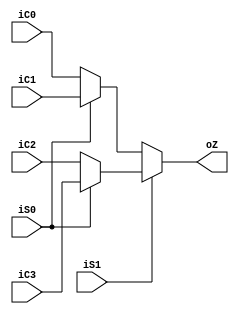
module MUX(
    input [31:0] iC0,
    input [31:0] iC1,
    input [31:0] iC2,
    input [31:0] iC3,
    input iS1,
    input iS0,
    output [31:0] oZ
    );
reg[31:0] tmpt;
always@(*)
begin
   if(iS1==0)
        begin
            if(iS0==0)
                tmpt = iC0;
            else 
                tmpt = iC1;
        end
   else
        begin
            if(iS0==0)
                tmpt = iC2;
            else 
                tmpt = iC3; 
        end  
end
assign oZ = tmpt;
endmodule